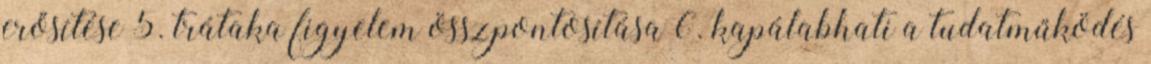
erősítése 5. trátaka figyelem összpontosítása 6. kapálabhati a tudatműködés